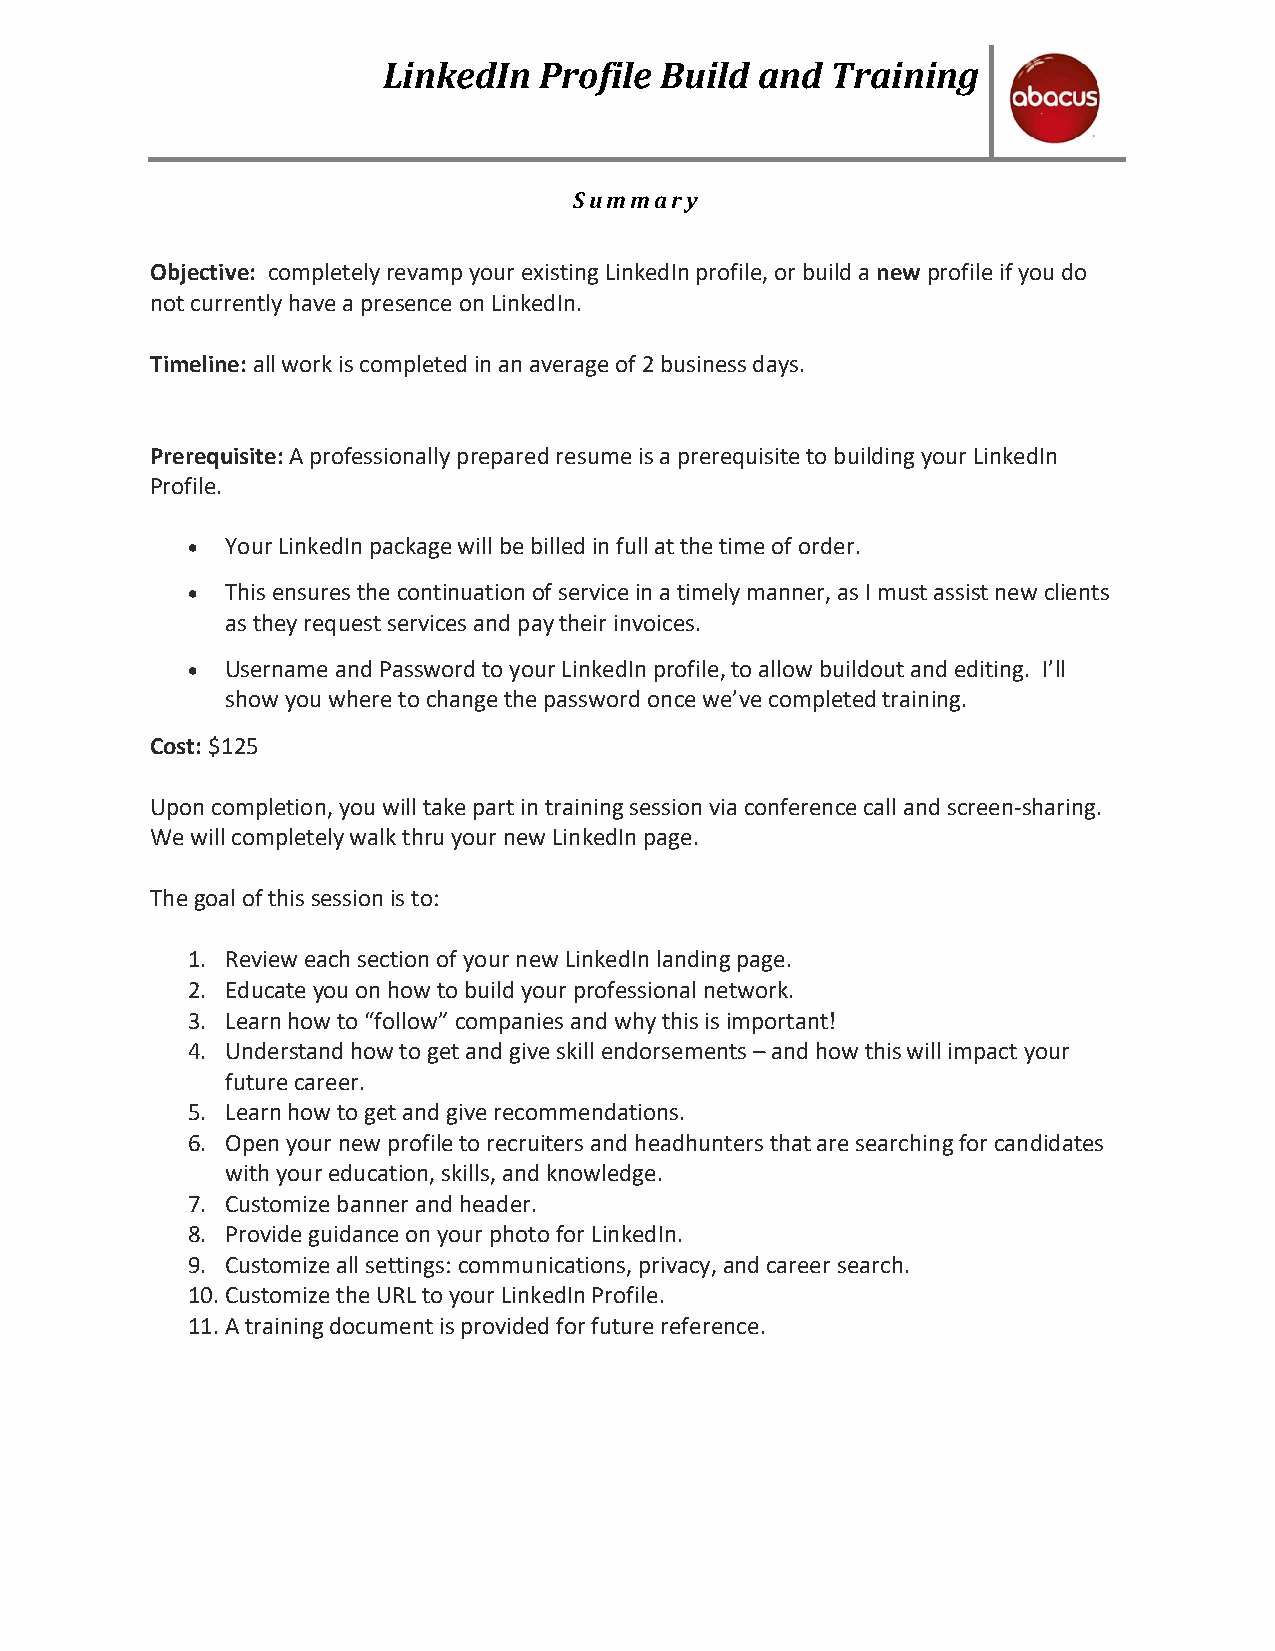
LinkedIn   Profile Build and  Training
 Summary
 Objective: completely revamp your existing LinkedIn profile, or build a new profile if you do
 not currently have a presence on LinkedIn.
 Timeline: all work is completed in an average of 2 business days.
 Prerequisite: A professionally prepared resume is a prerequisite to building your LinkedIn
 Profile.
 •  Your LinkedIn package will be billed in full at the time of order.
 •  This ensures the continuation of service in a timely manner, as I must assist new clients
 as they request services and pay their invoices.
 •  Username and Password to your LinkedIn profile, to allow buildout and editing. I’ll
 show you where to change the password once we’ve completed training.
 Cost: $125
 Upon completion, you will take part in training session via conference call and screen-sharing.
 We will completely walk thru your new LinkedIn page.
 The goal of this session is to:
 1. Review each section of your new LinkedIn landing page.
 2. Educate you on how to build your professional network.
 3. Learn how to “follow” companies and why this is important!
 4. Understand how to get and give skill endorsements – and how this will impact your
 future career.
 5. Learn how to get and give recommendations.
 6. Open your new profile to recruiters and headhunters that are searching for candidates
 with your education, skills, and knowledge.
 7. Customize banner and header.
 8. Provide guidance on your photo for LinkedIn.
 9. Customize all settings: communications, privacy, and career search.
 10. Customize the URL to your LinkedIn Profile.
 11. A training document is provided for future reference.